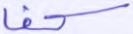
كف